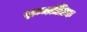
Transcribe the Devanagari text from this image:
रुग्णतंत्रिक